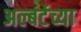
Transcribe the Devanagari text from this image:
अल्बर्टच्या